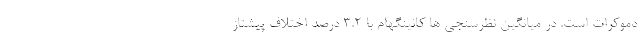
دموکرات است. در میانگین نظرسنجی ها کانینگهام با 3.2 درصد اختلاف پیشتاز